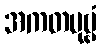
အကတပုဗ္ဗံ